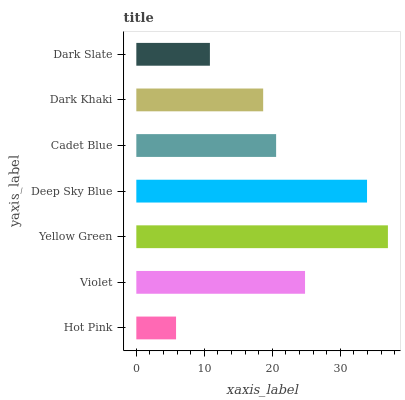
| yaxis_label | bars |
 | --- | --- |
 | Hot Pink | 5.84 |
 | Violet | 24.8 |
 | Yellow Green | 37 |
 | Deep Sky Blue | 33.9 |
 | Cadet Blue | 20.6 |
 | Dark Khaki | 18.6 |
 | Dark Slate | 10.8 |